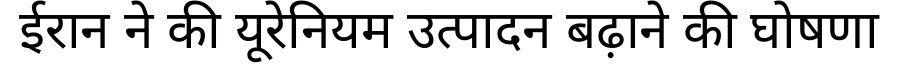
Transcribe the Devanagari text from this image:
ईरान ने की यूरेनियम उत्पादन बढ़ाने की घोषणा